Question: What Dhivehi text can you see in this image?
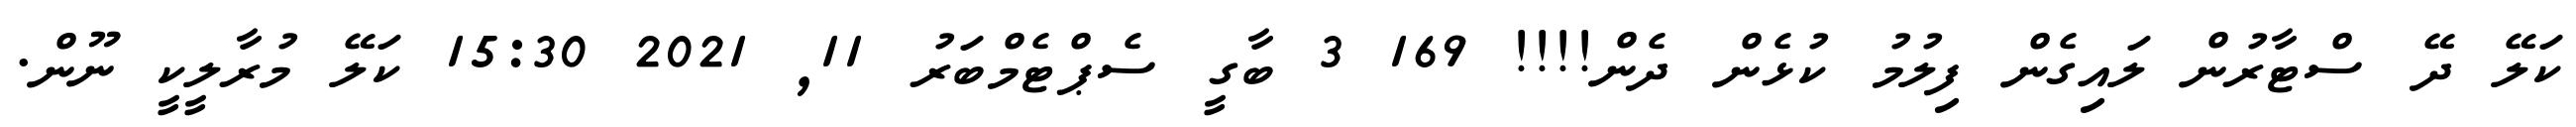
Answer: ކަލޭ ދޭ ސްޓާރުން ލައިގެން ފިލުމު ކުޅެން ދެން!!!! 169 3 ބާގީ ސެޕްޓެމްބަރު 11, 2021 15:30 ކަލޭ މުރާލީކީ ނޫން.